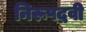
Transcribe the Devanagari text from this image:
निरूपद्रवी